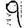
Digit: 9